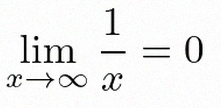
\lim_{x\to\infty}\frac{1}{x}=0